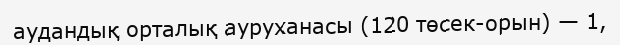
аудандық орталық ауруханасы (120 төсек-орын) — 1,